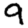
Digit: 9